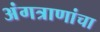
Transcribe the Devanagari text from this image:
अंगत्राणांचा